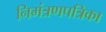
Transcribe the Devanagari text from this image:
निमंत्रणपत्रिका